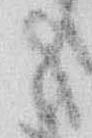
と